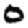
Digit: 0